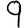
Digit: 9